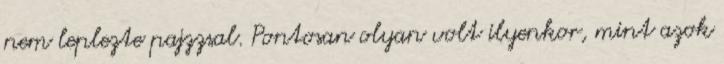
nem leplezte pajzzsal. Pontosan olyan volt ilyenkor, mint azok